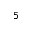
5